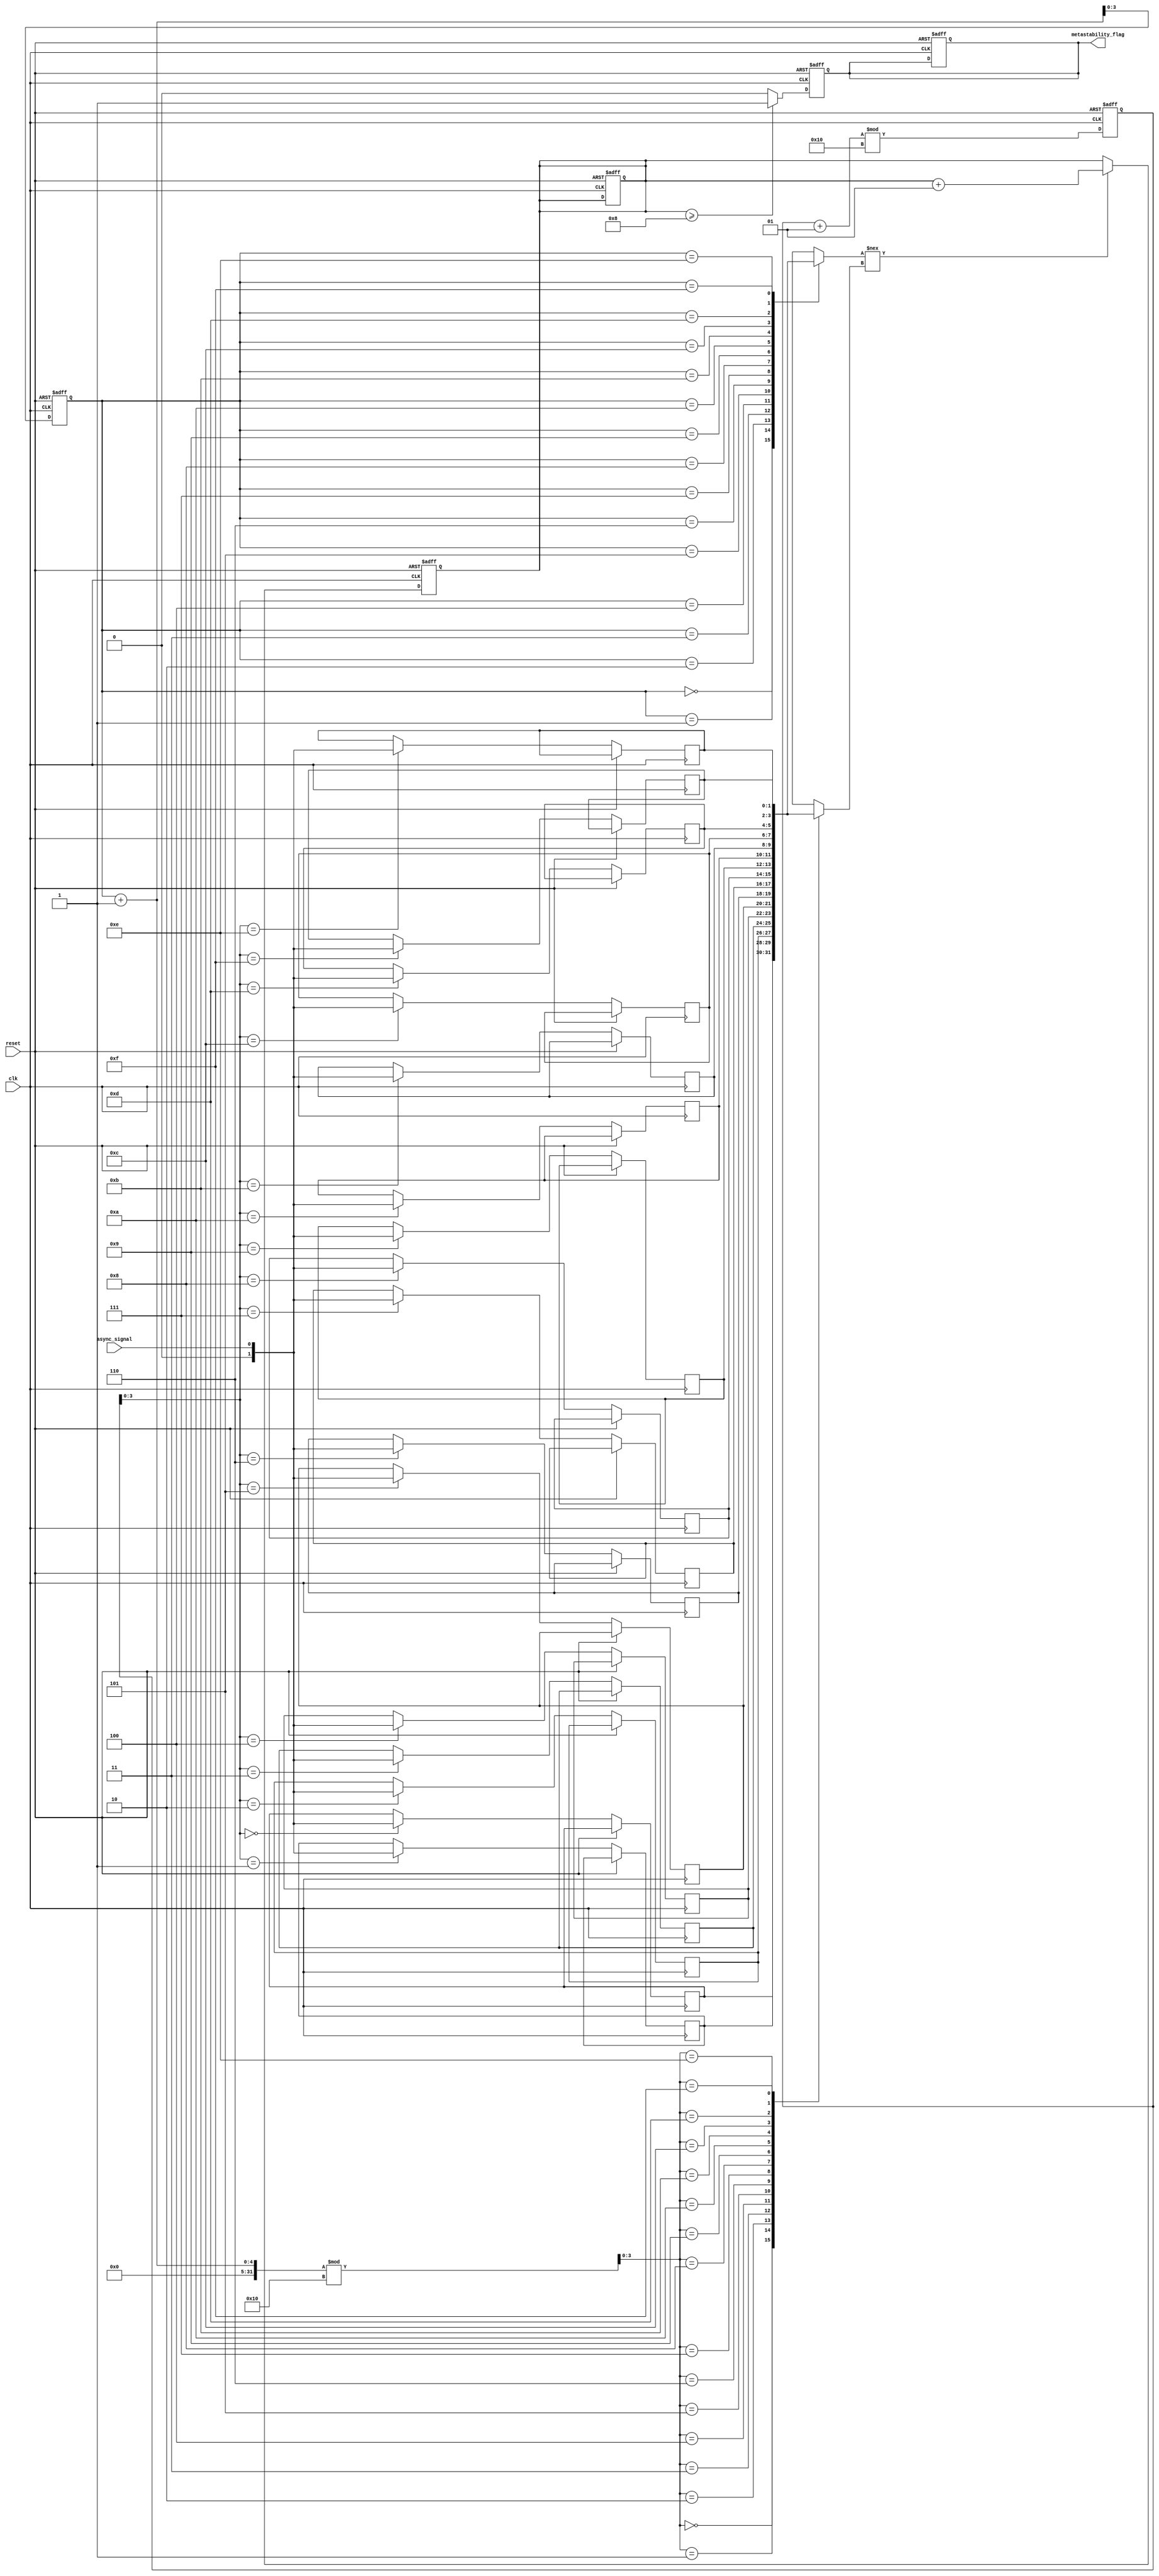
module metastability_detector (
    input wire clk,               // Clock signal for sampling
    input wire async_signal,      // Asynchronous input signal
    input wire reset,             // Reset signal
    output reg metastability_flag  // Output flag for metastability detection
);

    // Parameters
    parameter SAMPLE_SIZE = 16;   // Number of samples to store
    parameter THRESHOLD = 8;       // Threshold for metastability detection
    
    // Memory to store sampled values
    reg [1:0] samples [0:SAMPLE_SIZE-1]; // Store 2-bit states of async_signal
    integer sample_index;          // Index for storing samples
    integer transition_count;       // Count the number of transitions

    // Sampling mechanism
    always @(posedge clk or posedge reset) begin
        if (reset) begin
            sample_index <= 0;
            metastability_flag <= 0;
            transition_count <= 0;
        end else begin
            // Sample the async_signal and store in memory
            samples[sample_index] <= async_signal;
            sample_index <= (sample_index + 1) % SAMPLE_SIZE; // Circular buffer
        end
    end

    // Random Sampling Mechanism (simple counter as a pseudo-random selector)
    reg [$clog2(SAMPLE_SIZE)-1:0] random_index; // Index for random selection
    always @(posedge clk or posedge reset) begin
        if (reset) begin
            random_index <= 0;
        end else begin
            random_index <= random_index + 1; // Increment to randomize access
        end
    end

    // Metastability detection logic
    always @(posedge clk or posedge reset) begin
        if (reset) begin
            transition_count <= 0;
            metastability_flag <= 0;
        end else begin
            // Compare current sampled value with the next one
            if (samples[random_index] !== samples[(random_index + 1) % SAMPLE_SIZE]) begin
                transition_count <= transition_count + 1;
            end

            // Check if the number of transitions exceeds the threshold
            if (transition_count >= THRESHOLD) begin
                metastability_flag <= 1; // Metastability detected
            end else begin
                metastability_flag <= 0; // No metastability
            end
        end
    end

endmodule